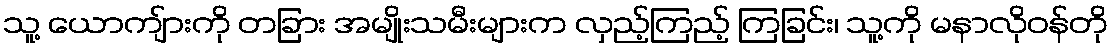
သူ့ ယောကျ်ားကို တခြား အမျိုးသမီးများက လှည့်ကြည့် ကြခြင်း၊ သူ့ကို မနာလိုဝန်တို